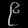
Digit: ၉